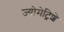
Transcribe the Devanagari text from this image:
ज्योमेट्रिशे